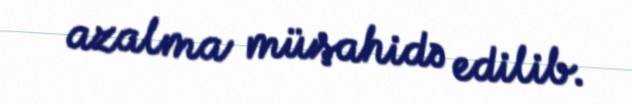
azalma müşahidə edilib.